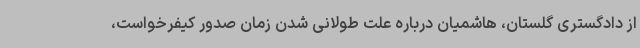
از دادگستری گلستان، هاشمیان درباره علت طولانی شدن زمان صدور کیفرخواست،